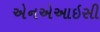
એનએઆઇસી